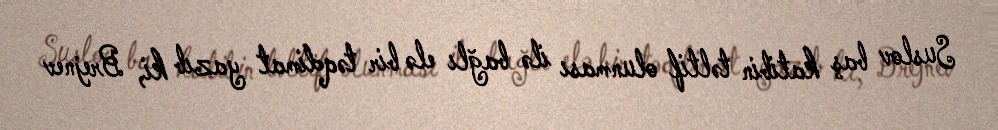
Suslov baş katibin təltif olunması ilə bağlı elə bir təqdimat yazıb ki, Brejnev